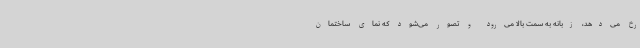
رخ می‌دهد، زبانه به سمت بالا می‌رود و تصور می‌شود که نمای ساختمان